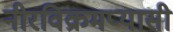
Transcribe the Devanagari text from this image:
नीरविक्रमप्यासी